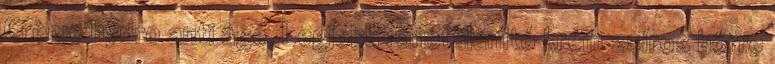
Crème hydro anti âge. Legjobb ránctalanító krém zsíros bőrre